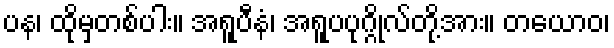
ပန၊ ထိုမှတစ်ပါး။ အရူပီနံ၊ အရူပပုဂ္ဂိုလ်တို့အား။ တယောဝ၊